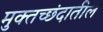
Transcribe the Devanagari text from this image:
मुक्तच्छंदातील